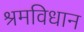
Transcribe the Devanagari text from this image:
श्रमविधान